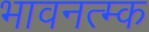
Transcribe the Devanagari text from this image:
भावनत्म्क